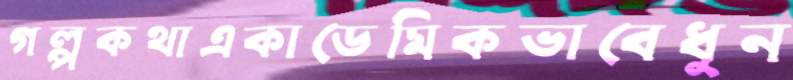
গল্পকথাএকাডেমিকভাবেধুন